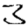
Digit: 3